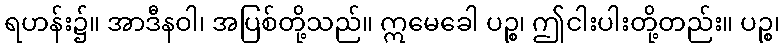
ရဟန်း၌။ အာဒီနဝါ၊ အပြစ်တို့သည်။ ဣမေခေါ ပဉ္စ၊ ဤငါးပါးတို့တည်း။ ပဉ္စ၊